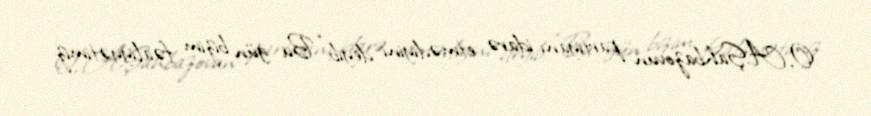
O, A.Şahbazovun partiyanı idarə etmədiyini deyib: “Bu gün bizim fəaliyyətimiz